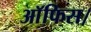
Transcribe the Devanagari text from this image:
आॅफिस।